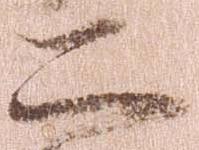
二